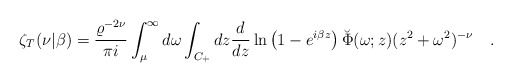
\begin{align*}\zeta_T(\nu|\beta)={\varrho^{-2\nu} \over \pi i}\int_{\mu}^{\infty} d\omega \int_{C_+} dz{d \over dz}\ln\left(1-e^{i\beta z}\right)\breve{\Phi}(\omega;z)(z^2+\omega^2)^{-\nu}~~~.\end{align*}